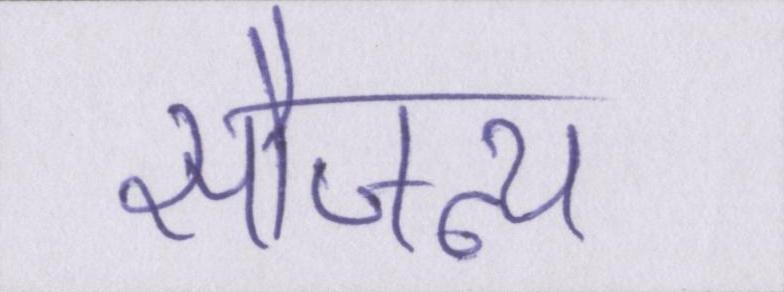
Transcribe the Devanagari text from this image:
सौजन्य